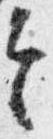
令